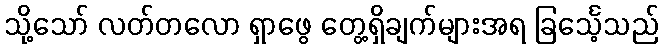
သို့သော် လတ်တလော ရှာဖွေ တွေ့ရှိချက်များအရ ခြင်္သေ့သည်